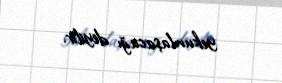
yekunlaşacağı deyilir.